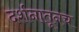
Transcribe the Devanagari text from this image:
दर्शनातूनच